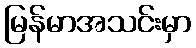
မြန်မာအသင်းမှာ